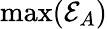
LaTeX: \operatorname*{max}({\mathcal{E}_{A}})